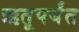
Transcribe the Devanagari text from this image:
ऋतूपर्यंत